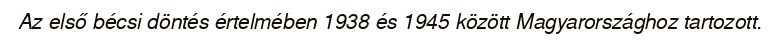
Az első bécsi döntés értelmében 1938 és 1945 között Magyarországhoz tartozott.